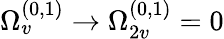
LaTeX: \Omega_{v}^{(0,1)}\rightarrow\Omega_{2v}^{(0,1)}=0